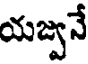
యజ్వనే